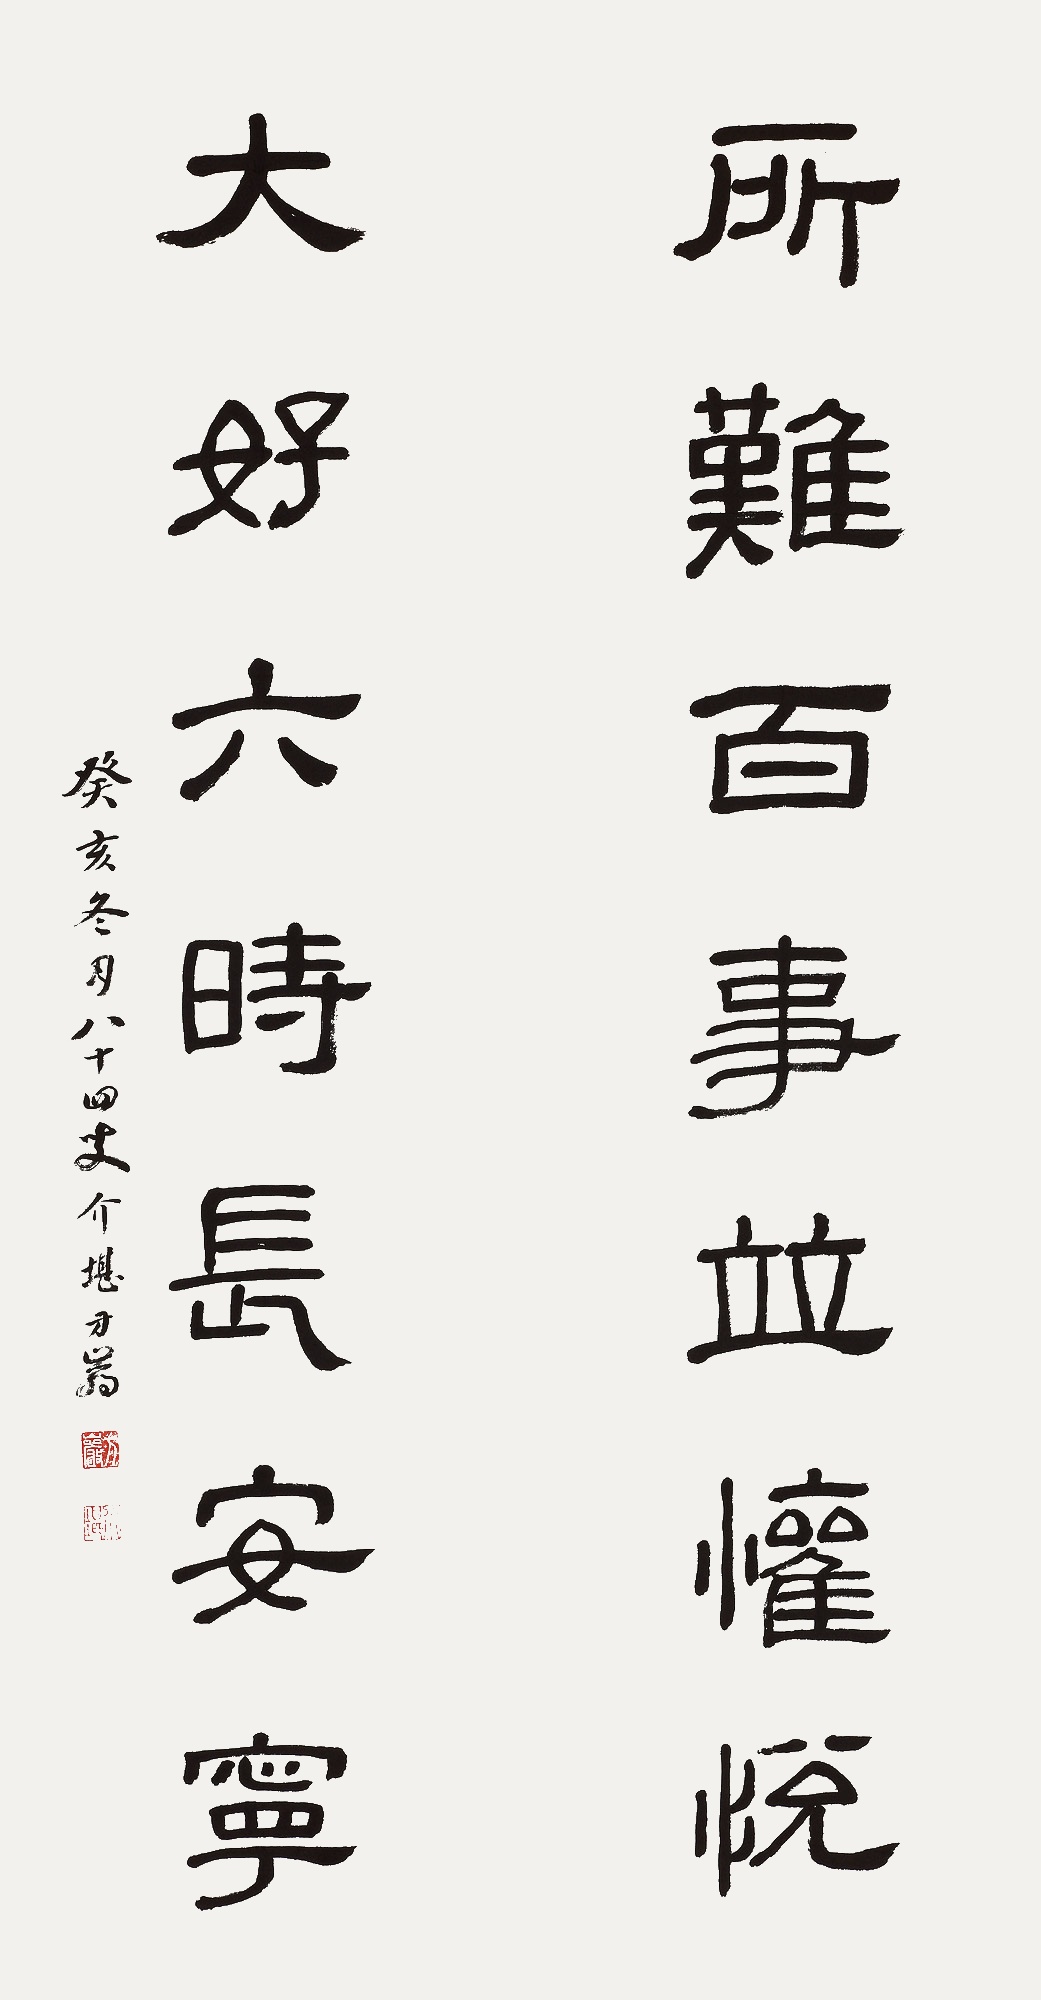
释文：所难百事并欢悦，大好六时长安宁。癸亥冬月八十四叟介勘方岩。